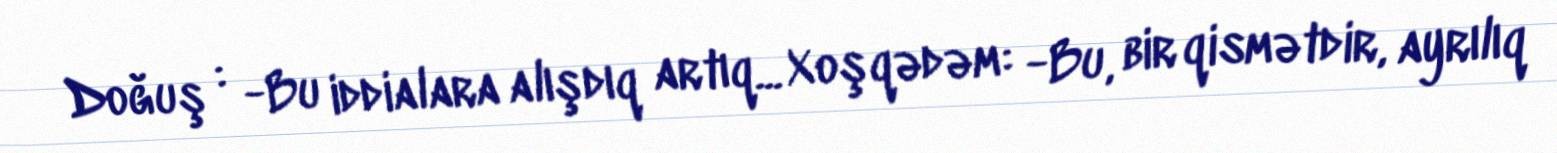
Doğuş : -Bu iddialara alışdıq artıq... Xoşqədəm: -Bu, bir qismətdir, ayrılıq